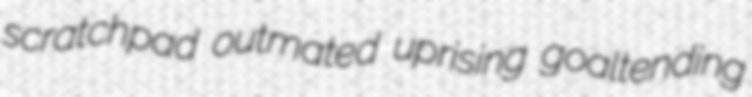
scratchpad outmated uprising goaltending